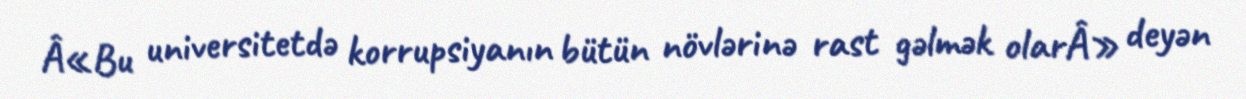
Â«Bu universitetdə korrupsiyanın bütün növlərinə rast gəlmək olarÂ» deyən